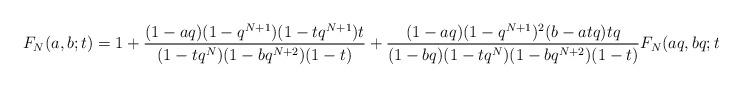
LaTeX: \begin{align*} F_{N}(a,b;t) = 1 + \frac{(1-aq)(1-q^{N+1})(1-tq^{N+1})t}{(1-tq^N)(1-bq^{N+2})(1-t)} + \frac{(1-aq)(1-q^{N+1})^2(b-atq)tq}{(1-bq)(1-tq^{N})(1-bq^{N+2})(1-t)}F_{N}(aq,bq;tq). \end{align*}